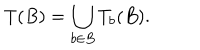
T ( B ) = \bigcup _ { b \in B } T _ { b } ( B ) .